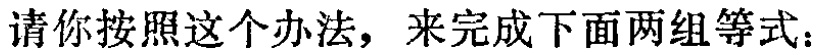
请你按照这个办法，来完成下面两组等式：